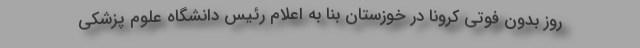
روز بدون فوتی کرونا در خوزستان بنا به اعلام رئیس دانشگاه علوم پزشکی